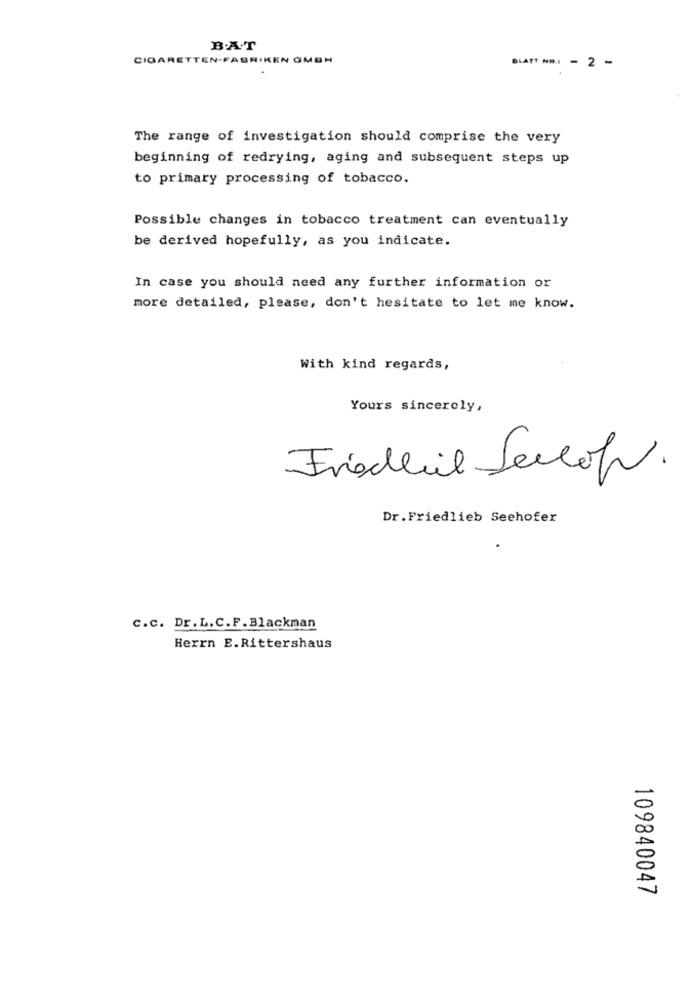
B.A.T
CIGARETTEN-FABRIKEN GMBH
BLATT NR. - 2 -
The range of investigation should comprise the very
beginning of redrying, aging and subsequent steps up
to primary processing of tobacco.
Possible changes in tobacco treatment can eventually
be derived hopefully, as you indicate.
In case you should need any further information or
more detailed, please, don't hesitate to let me know.
With kind regards,
Yours sincerely,
Friedlil Seccoh.
Dr. Friedlieb Seehofer
c.c. Dr. L.C.F. Blackman
Herrn E. Rittershaus
109840047